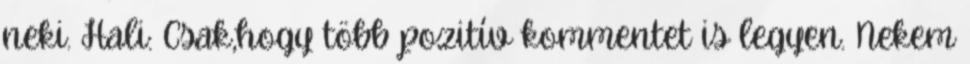
neki. Hali: Csak,hogy több pozitív kommentet is legyen. Nekem